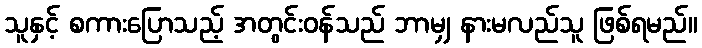
သူနှင့် စကားပြောသည့် အတွင်းဝန်သည် ဘာမျှ နားမလည်သူ ဖြစ်ရမည်။